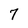
Character: 7